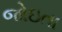
જોઇતા